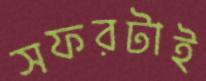
সফরটাই